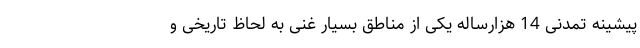
پیشینه تمدنی 14 هزارساله یکی از مناطق بسیار غنی به لحاظ تاریخی و